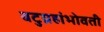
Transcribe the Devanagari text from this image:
बटुग्रहांभोवती